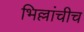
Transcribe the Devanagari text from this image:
भिल्लांचीच